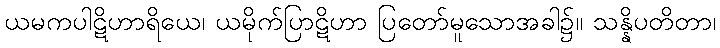
ယမကပါဋိဟာရိယေ၊ ယမိုက်ပြာဋိဟာ ပြတော်မူသောအခါ၌။ သန္နိပတိတာ၊